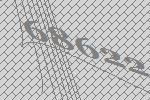
68622